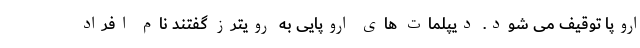
اروپا توقیف می شود. دیپلمات های اروپایی به رویترز گفتند نام افراد